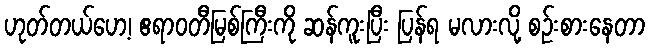
ဟုတ်တယ်ဟေ့၊ ဧရာဝတီမြစ်ကြီးကို ဆန်ကူးပြီး ပြန်ရ မလားလို့ စဉ်းစားနေတာ